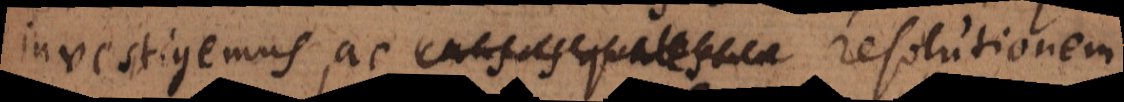
investigemus, ac causas qualescun resolutionem